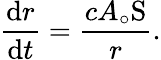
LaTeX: \frac{\mathrm{d}r}{\mathrm{d}t}=\frac{cA_{\circ}\mathrm{S}}{r}.